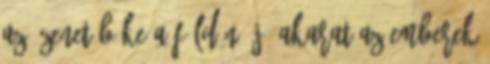
az üzenet béke a földön, jó akarat az emberek